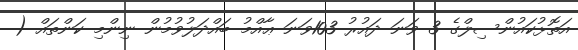
އަތޮޅުކައުންސިލްގެ 3 ވަނަ ދައުރު 103ވަނަ ޢާއްމު ބައްދަލުވުމުން ނިންމި ކަންތައް (